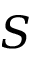
S